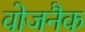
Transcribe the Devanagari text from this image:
वोजनैक